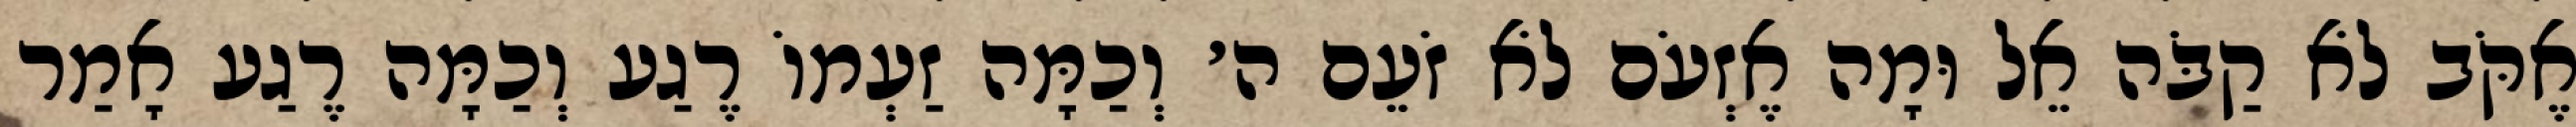
אֶקֹּב לֹא קַבֹּה אֵל וּמָה אֶזְעֹם לֹא זֹעֵם ה׳ וְכַמָּה זַעְמוֹ רֶגַע וְכַמָּה רֶגַע אָמַר